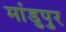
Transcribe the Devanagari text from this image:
मांडुपुर